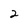
Character: 2